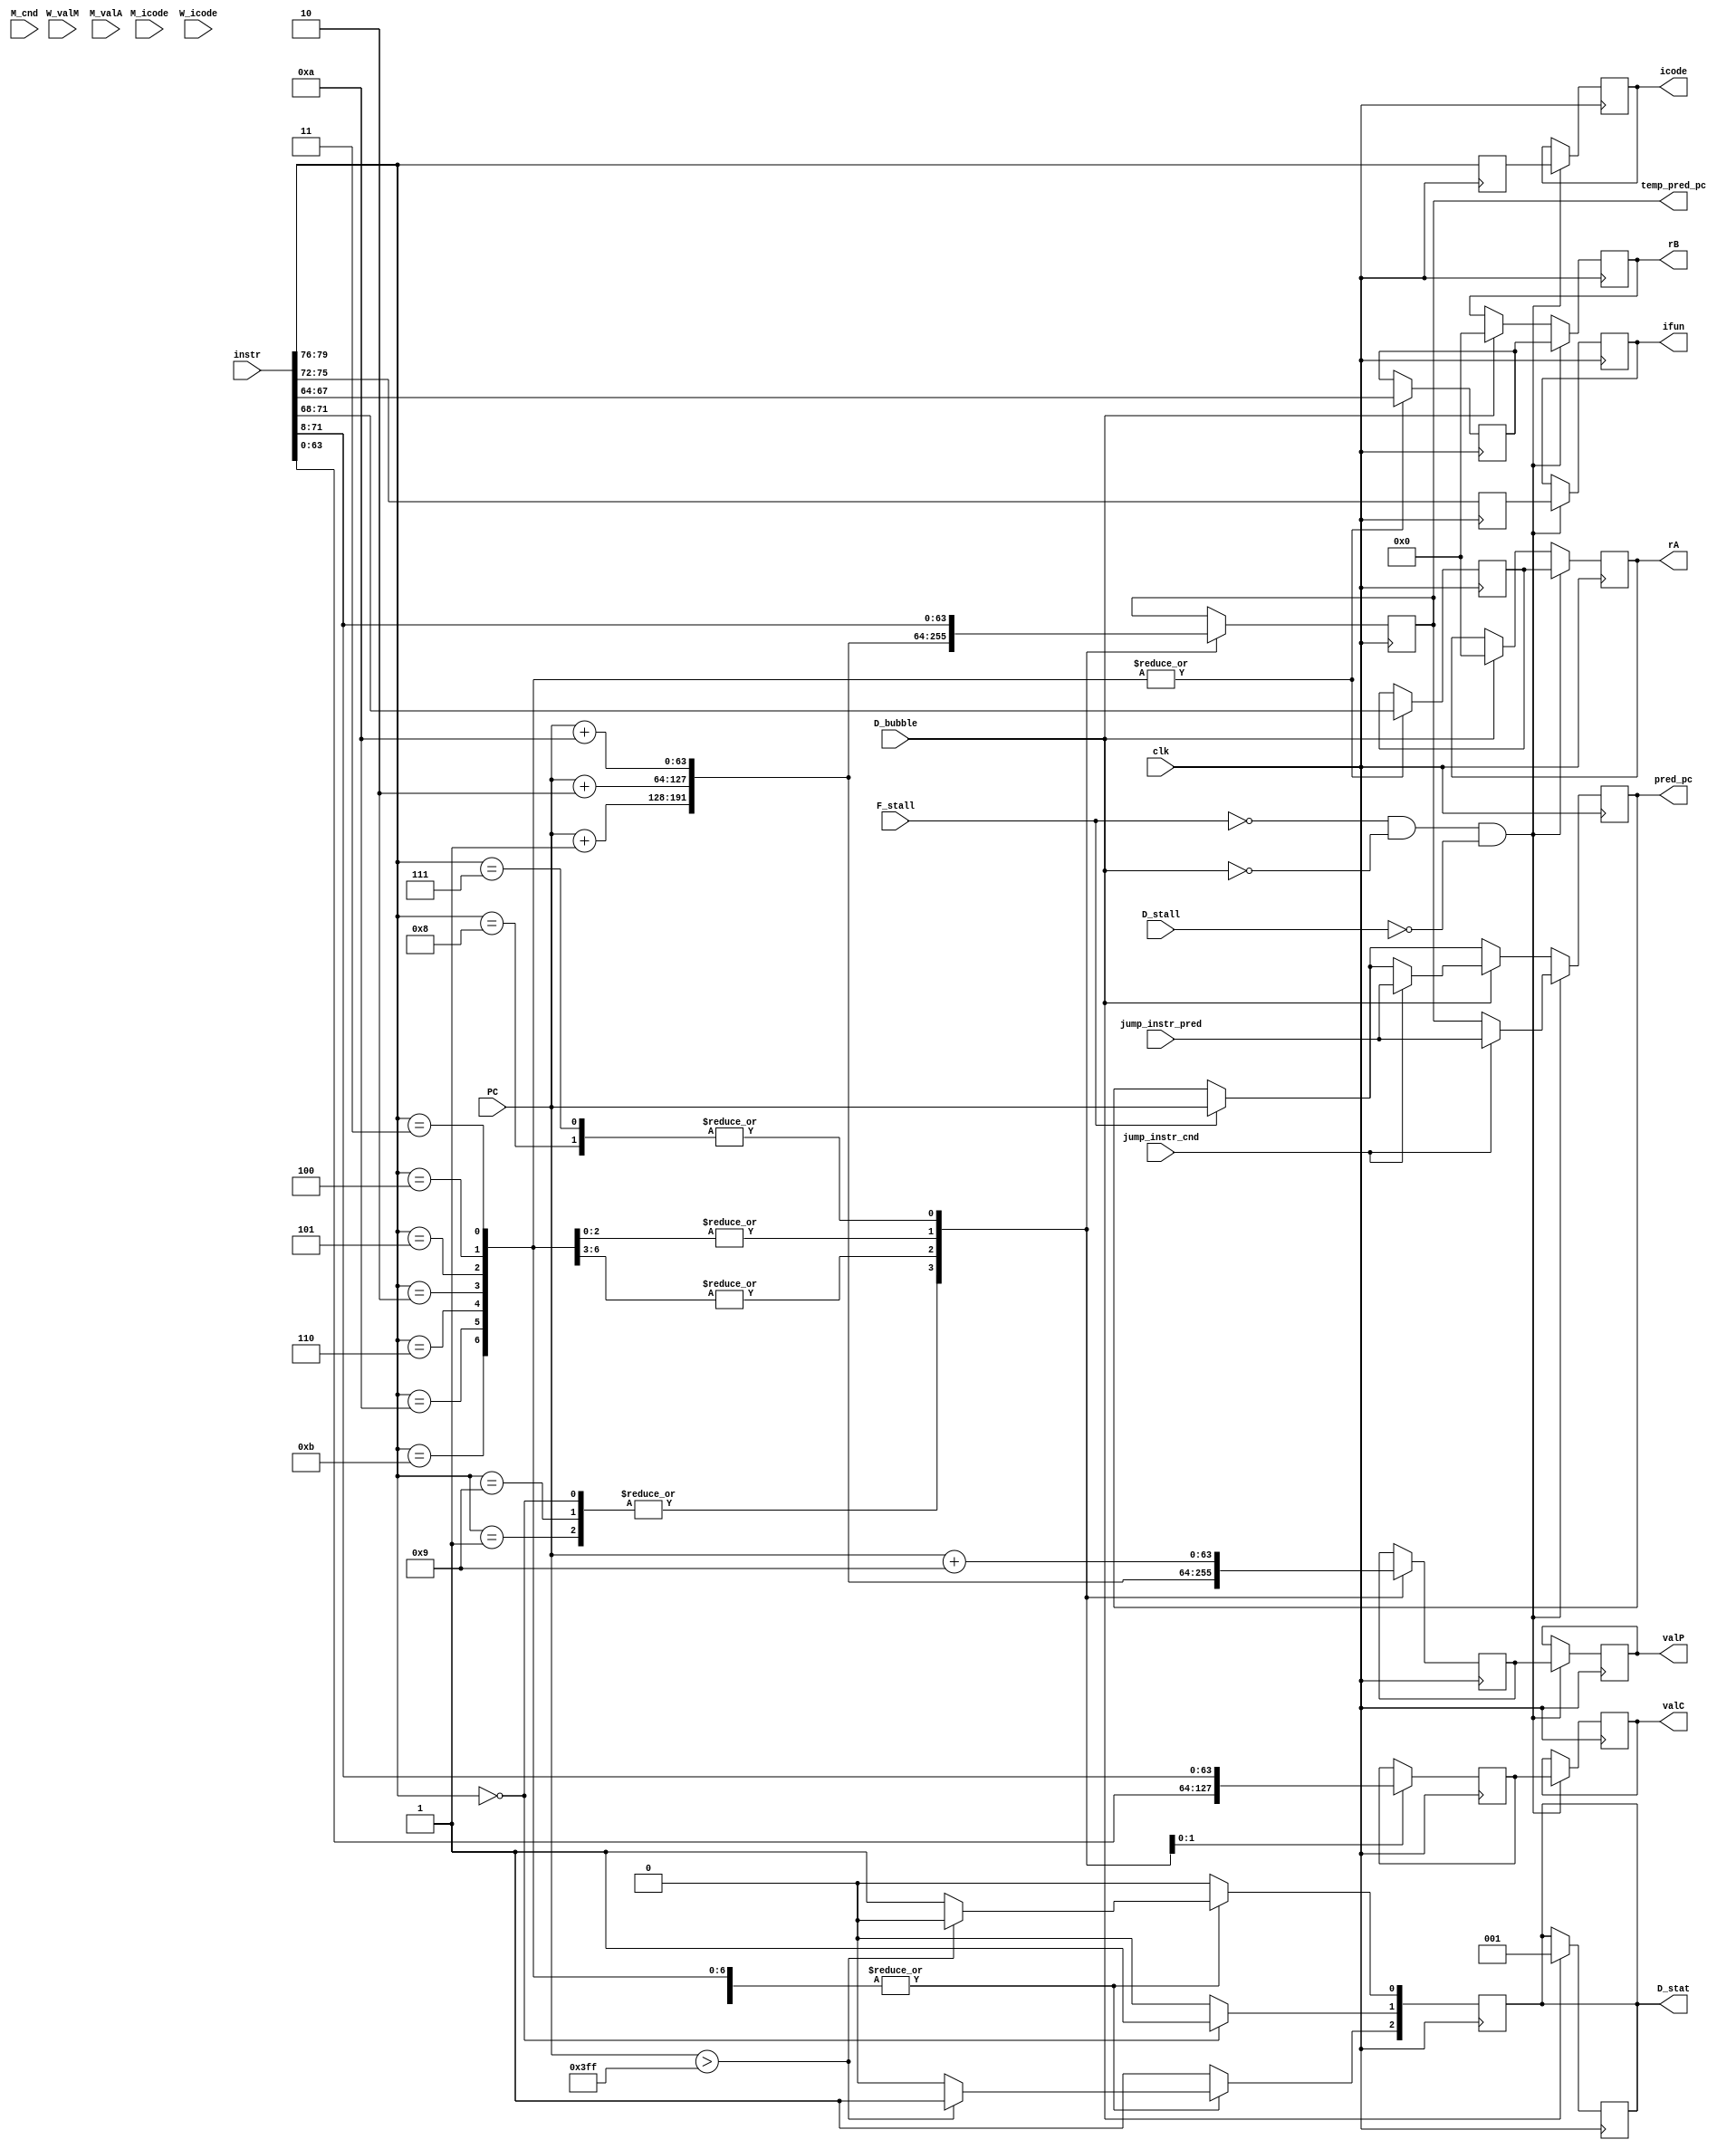
module fetch(
    output reg [3:0] icode,
    output reg [3:0] ifun,
    output reg [3:0] rA,
    output reg [3:0] rB,
    output reg [63:0] valC,
    output reg [63:0] valP,
    input clk,
    input [63:0] PC,
    output reg [63:0] temp_pred_pc,
    input [0:79] instr,
    output reg [2:0] D_stat,
    output reg [63:0]pred_pc,
    input F_stall,// latest changes
    input D_bubble,// latest changes
    input D_stall,
    input [63:0]W_valM,
    input [3:0]M_icode,
    input [3:0]W_icode,
    input M_cnd,
    input [63:0] M_valA,

    input [63:0]jump_instr_pred,
    input jump_instr_cnd
);

reg [3:0]f_icode,f_ifun,f_rA,f_rB;
reg [63:0] f_valC, f_valP;
reg x;

always@*
begin
x=M_cnd;
end

    always @(posedge clk)begin
        
        // $display("PCC:%d",PC );
        
        // if(M_icode==4'h7 && !M_cnd)
        // begin  // Jump not taken
        //     $display("Jump PC changed:%d",M_valA);
        //     jump_instr_cnd = 1;
        //     jump_instr_pred = M_valA;
        // end
        // else if(W_icode==4'h9) begin     // Return statement
        //     jump_instr_pred = W_valM;
        //     jump_instr_cnd = 1;
        // end
        // else
        // begin
        //     jump_instr_cnd = 0;
        // end
   


        D_stat[0] = 1'b1; // AOK
        D_stat[1] = 1'b0; //no HLT
        D_stat[2] = 1'b0; //no mem, inst error.
        if (PC > 1023) begin
           D_stat[2] = 1'b1;
           D_stat[0] = 1'b0;
        end
        else begin
            D_stat[2] = 1'b0;
        end



        f_icode = instr[0:3];
        f_ifun = instr[4:7];
        
        case (f_icode)
            4'b1001, 4'b0001: begin
                f_valP = PC + 1;
                temp_pred_pc = PC+1;
            end
            4'b0000: begin
                f_valP = PC+1;
                temp_pred_pc = PC+1;
                D_stat[1] = 1'b1;
            end
            4'b0010, 4'b0110, 4'b1010, 4'b1011: begin
                f_rA = instr[8:11];
                f_rB = instr[12:15];
                f_valP = PC + 2;
                temp_pred_pc = PC+2;
            end
            4'b0011, 4'b0100, 4'b0101: begin
                f_rA = instr[8:11];
                f_rB = instr[12:15];
                f_valC = instr[16:79];
                f_valP = PC + 10;
                temp_pred_pc= PC+10;
                
            end
            4'b0111, 4'b1000: begin
                f_valC = instr[8:71];
                f_valP = PC + 9;
                temp_pred_pc = instr [8:71];
                $display("f_valC: %d", f_valC);
            end
            default: begin
                D_stat[0] = 1'b0; //not OKAY
                D_stat[2] = 1'b1; //instr error
            end
        endcase

        end
    
    // end 

always@(negedge clk)
begin

       if(F_stall)
        begin
            pred_pc =   PC;
            $display("F_stall");
            
        end

        if(D_stall)
        begin 
            $display("D_stall");
            //do nothing
        end
      
     

        if(D_bubble)
        begin
            if(jump_instr_cnd)
            pred_pc = jump_instr_pred;
            $display("%d, D_bubble, pred_pc:%d",clk,pred_pc);
            icode <= 4'b0001;
            ifun <= 4'b0000;
            rA <= 4'b0000;
            rB <= 4'b0000;
            valC <= 64'b0;
            valP <= 64'b0;
            D_stat <= 3'b001;//AOK, HLT, MEM
        end

    if(!F_stall && !D_bubble && !D_stall)
        begin    
    rA<=f_rA;
    rB<=f_rB;
    icode = f_icode;
    ifun = f_ifun;
    valC = f_valC;
    valP = f_valP;
    if(jump_instr_cnd)
    pred_pc = jump_instr_pred;
    else
    pred_pc = temp_pred_pc;
        end
end
// -->
    //latest changes---<
    // always @(negedge clk)
    // begin
        
    // end

    //--->
endmodule